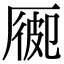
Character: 𠪍